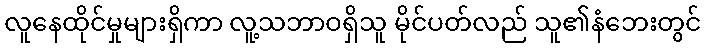
လူနေထိုင်မှုများရှိကာ လူ့သဘာဝရှိသူ မိုင်ပတ်လည် သူ၏နံဘေးတွင်